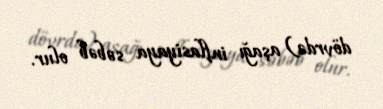
dövrdə) aşağı inflasiyaya səbəb olur.